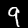
Label: 9